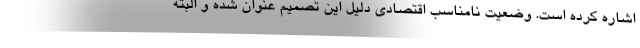
اشاره کرده است. وضعیت نامناسب اقتصادی دلیل این تصمیم عنوان شده و البته